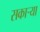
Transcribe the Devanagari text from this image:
सकाऱ्या